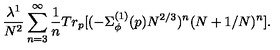
\frac { \lambda ^ { 1 } } { N ^ { 2 } } \sum _ { n = 3 } ^ { \infty } \frac { 1 } { n } T r _ { p } [ ( - \Sigma _ { \phi } ^ { ( 1 ) } ( p ) N ^ { 2 / 3 } ) ^ { n } ( N + 1 / N ) ^ { n } ] .